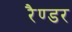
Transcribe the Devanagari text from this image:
रैण्डर